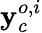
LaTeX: \mathbf{y}_{c}^{o,i}